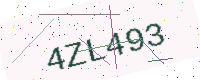
Text: 4ZL493